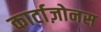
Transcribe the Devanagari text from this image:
कार्टाज़ोनस